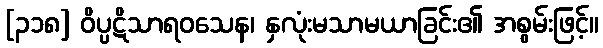
[၃၁၈] ဝိပ္ပဋိသာရဝသေန၊ နှလုံးမသာမယာခြင်း၏ အစွမ်းဖြင့်။